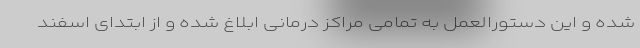
شده و این دستورالعمل به تمامی مراکز درمانی ابلاغ شده و از ابتدای اسفند